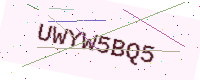
Text: UWYW5BQ5